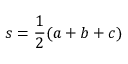
s = { \frac { 1 } { 2 } } ( a + b + c )